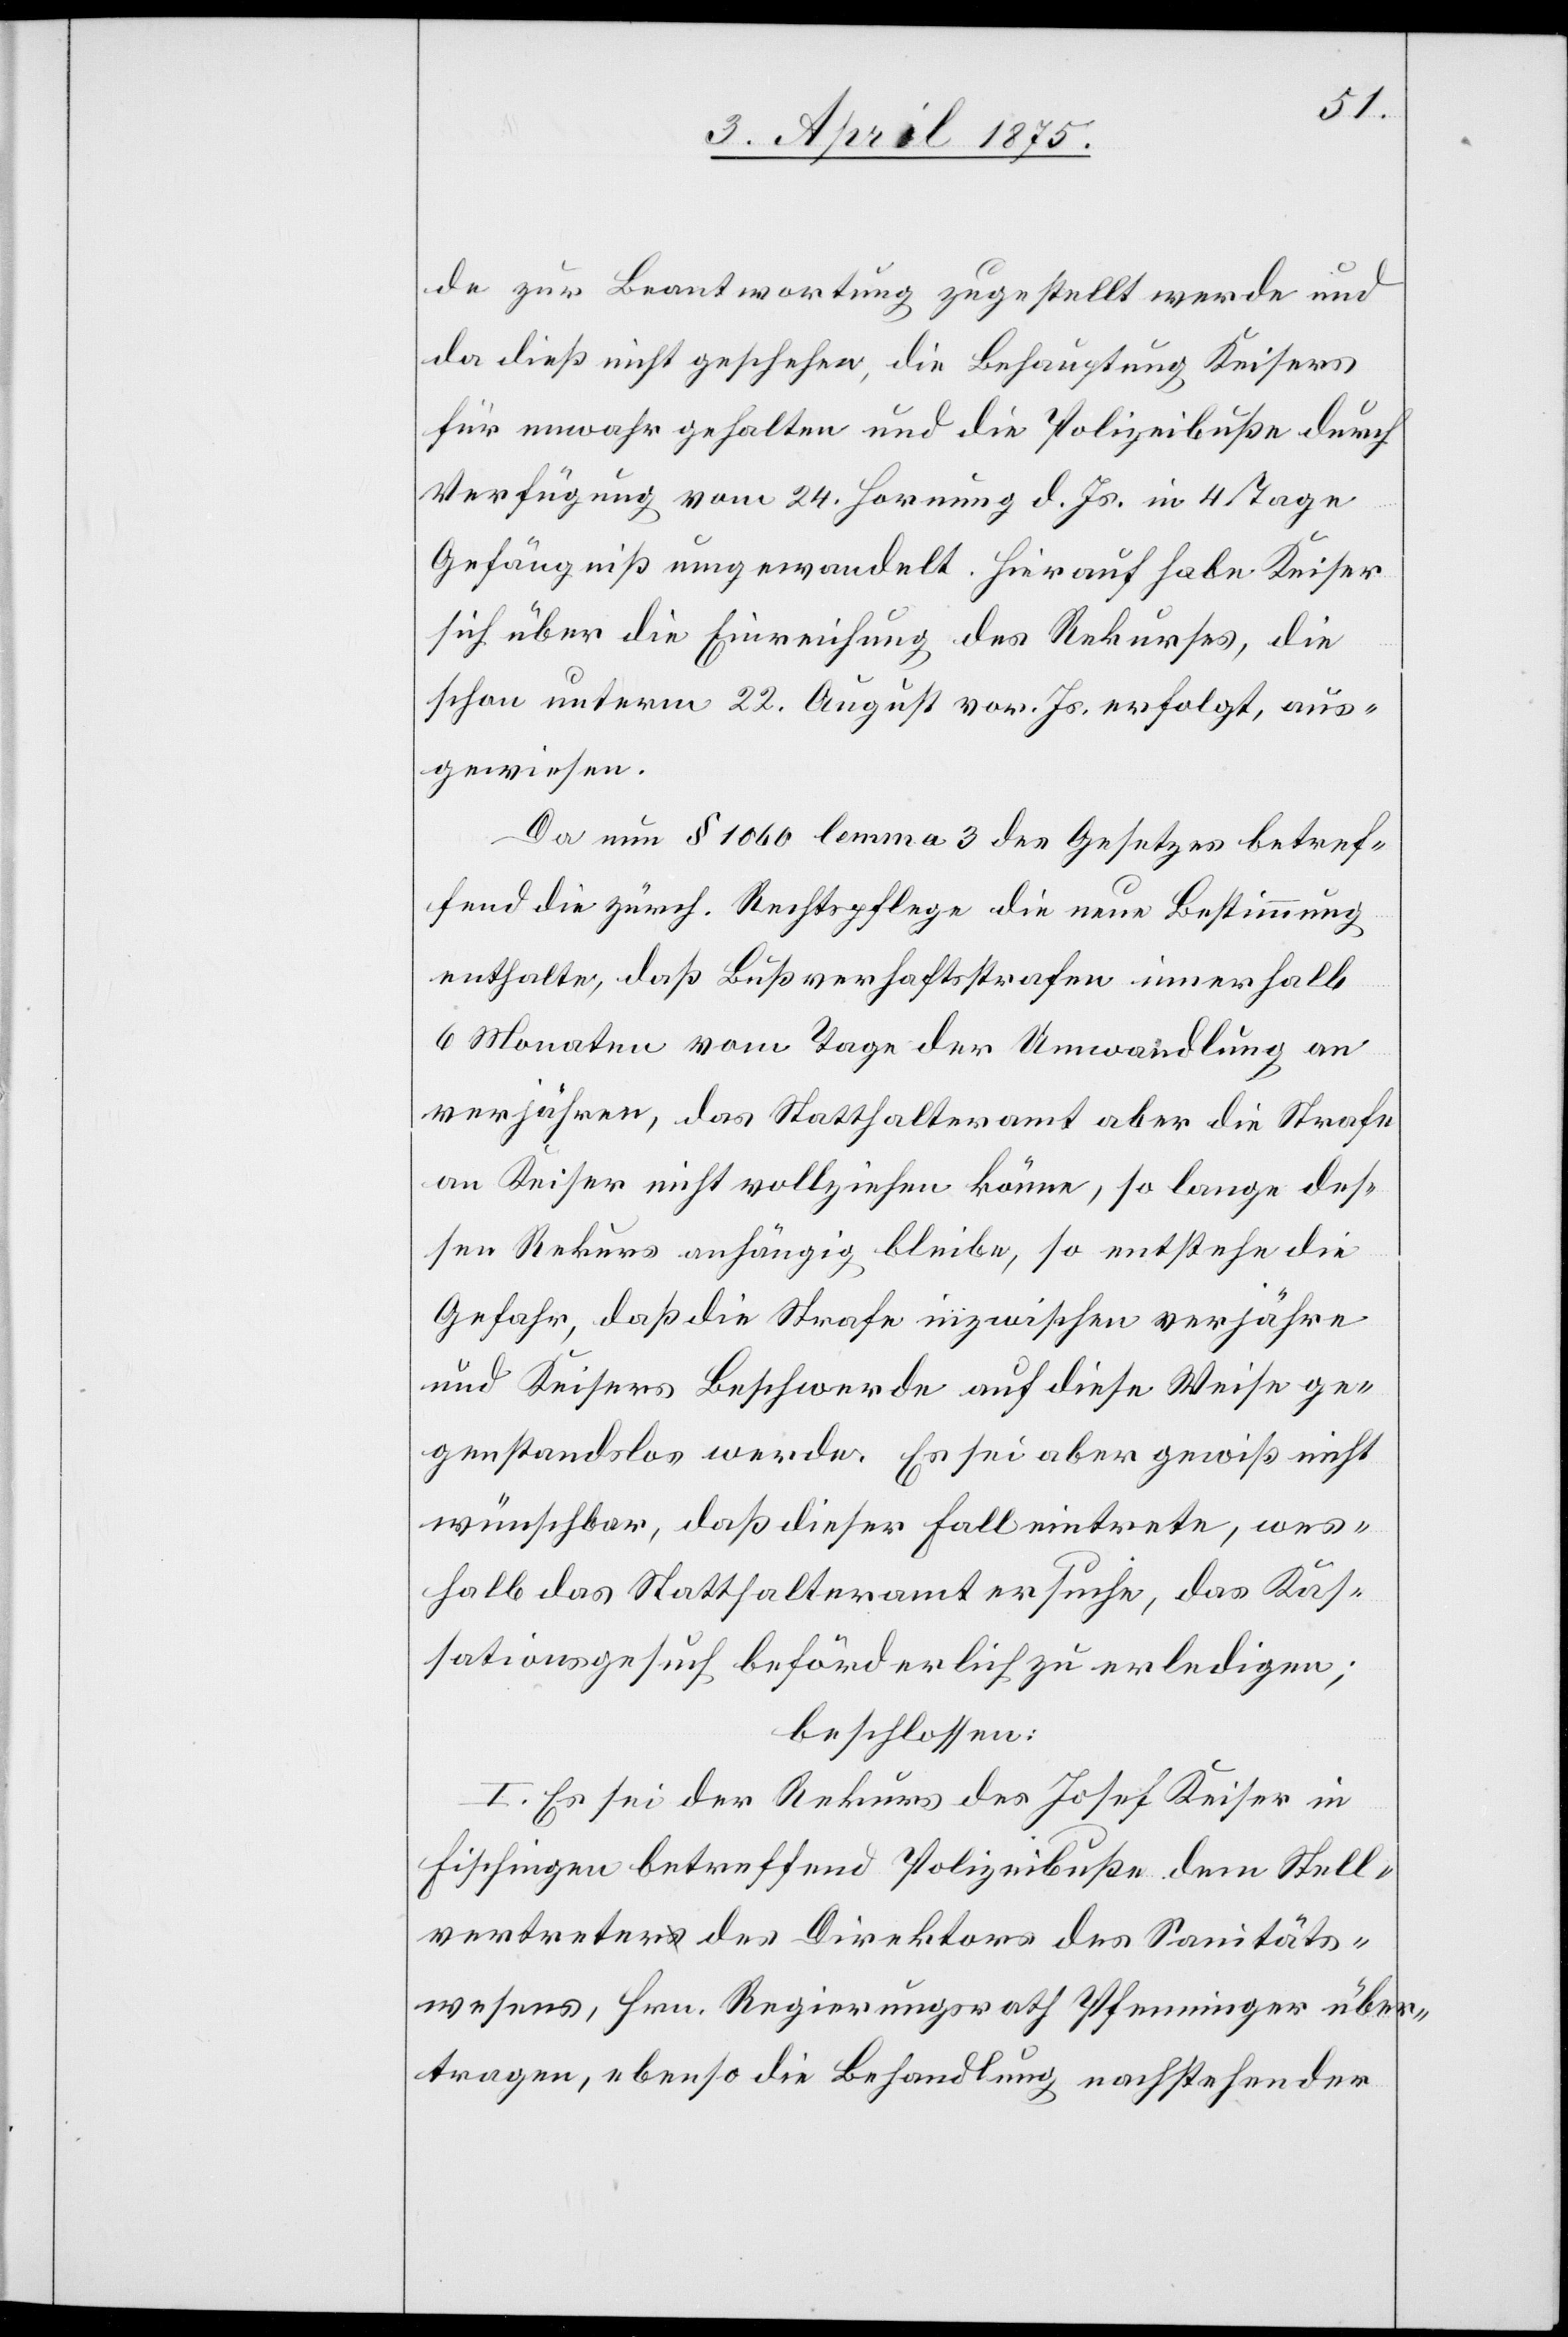
de zur Beantwortung zugestellt werde und
da dieß nicht geschehen, die Behauptung Keisers
für unwahr gehalten und die Polizeibuße durch
Verfügung vom 24. Hornung d. Js. in 4 Tage
Gefängniß umgewandelt. Hierauf habe Keiser
sich über die Einreichung des Rekurses, die
schon unterm 22. August vor. Js. erfolgt, aus¬
gewiesen.
Da nun § 1060 lemma 3 des Gesetzes betref¬
fend die zürch. Rechtspflege die neue Bestimmung
enthalte, daß Bußverfahren innerhalb
6 Monaten vom Tage der Umwandlung an
verjähren, das Statthalteramt aber die Strafe
an Keiser nicht vollziehen könne, so lange des¬
sen Rekurs anhängig bleibe, so entstehe die
Gefahr, daß die Strafe inzwischen verjähre
und Keisers Beschwerde auf diese Weise ge¬
genstandlos werde. Es sei aber gewiß nicht
wünschbar, daß dieser Fall eintrete, wes¬
halb das Statthalteramt ersuche, das Kas¬
sationsgesuch behördlich zu erledigen;
beschlossen:
I. Es sei der Rekurs des Josef Keiser in
Fischingen betreffend Polizeibuße dem Stell¬
vertreter des Direktors des Sanitäts¬
wesens, Hrn. Regierungsrath Pfenninger über¬
tragen, ebenso die Behandlung nachstehender